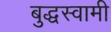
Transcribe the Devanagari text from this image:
बुद्धस्वामी